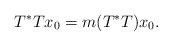
LaTeX: \begin{align*}T^*Tx_0= m(T^*T)x_0.\end{align*}